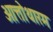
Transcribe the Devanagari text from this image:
ओत्तोथारम